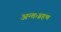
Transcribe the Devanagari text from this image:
अन्तःग्रहण